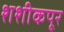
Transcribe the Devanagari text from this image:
शशीकपूर